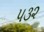
૫૩૨